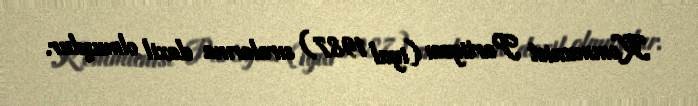
Kommunist Partiyası (iyul 1987) sıralarına daxil olmuşdur.